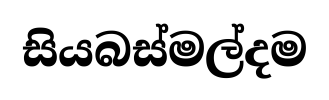
සියබස්මල්දම